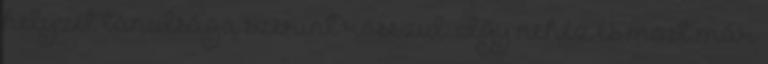
helyzet tanulsága szerint rosszul. Így nehéz és most már